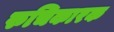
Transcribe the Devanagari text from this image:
रुचिकारक